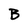
Character: B